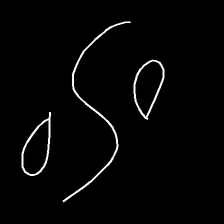
Glyph: water